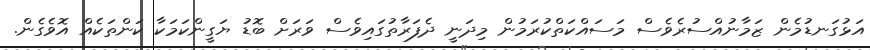
އަޅުގަނޑުމެން ޒަމާނުއްސުރެވެސް މަސައްކަތްކުރަމުން މިދަނީ ދެފަރާތުގައިވެސް ވަރަށް ބޮޑު ޔަގީންކަމަކާ ކަންތަކެއް އޮވެގެން.